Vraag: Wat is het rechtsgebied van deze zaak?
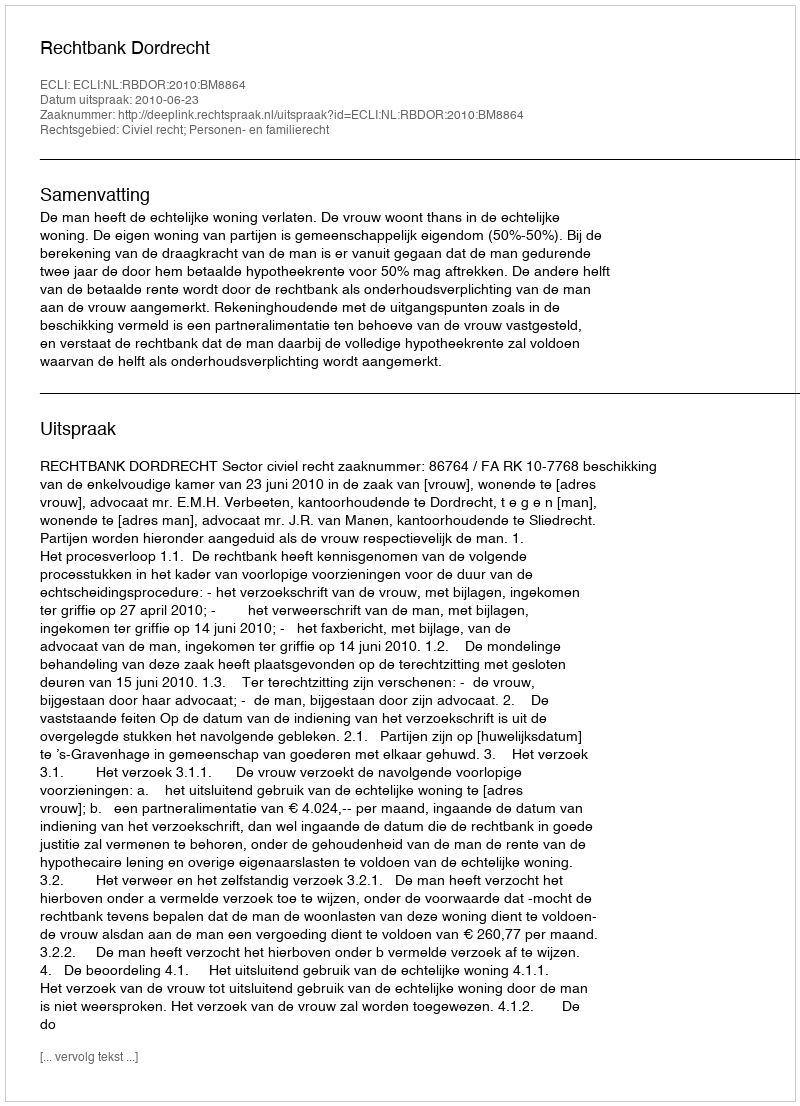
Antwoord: Civiel recht; Personen- en familierecht